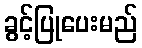
ခွင့်ပြုပေးမည်